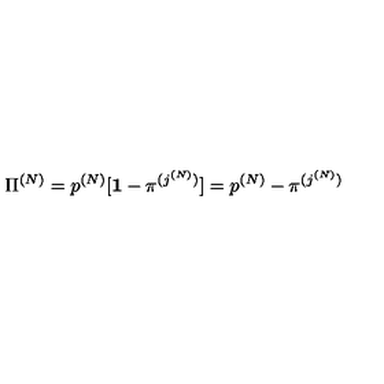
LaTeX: { \Pi } ^ { ( N ) } = p ^ { ( N ) } [ { \bf 1 } - { \pi } ^ { ( j ^ { ( N ) } ) } ] = p ^ { ( N ) } - { \pi } ^ { ( j ^ { ( N ) } ) }